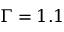
\Gamma = 1 . 1